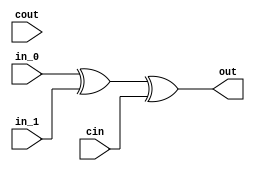
`timescale 1ns / 1ps
//////////////////////////////////////////////////////////////////////////////////
// Company: 
// Engineer: 
// 
// Design Name: 
// Module Name: add_1
// Project Name: 
// Target Devices: 
// Tool Versions: 
// Description: 
// 
// Dependencies: 
// 
// Revision:
// Revision 0.01 - File Created
// Additional Comments:
// 
//////////////////////////////////////////////////////////////////////////////////


module add_1(
    input in_0,
    input in_1,
    input cin,
    output out,
    input cout
);
    assign cout = (in_0 & in_1) | (in_0 & cin) | (in_1 & cin);
    assign out = (in_0 ^ in_1) ^ cin;
endmodule